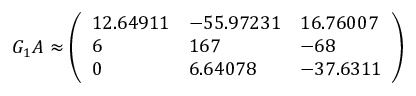
G _ { 1 } A \approx { \left( \begin{array} { l l l } { 1 2 . 6 4 9 1 1 } & { - 5 5 . 9 7 2 3 1 } & { 1 6 . 7 6 0 0 7 } \\ { 6 } & { 1 6 7 } & { - 6 8 } \\ { 0 } & { 6 . 6 4 0 7 8 } & { - 3 7 . 6 3 1 1 } \end{array} \right) }